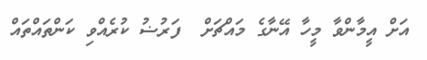
އަށް އީމާންވާ މީހާ އޭނާގެ މައްޗަށް  ފަރުޟު ކުރެއްވި ކަންތައްތައް